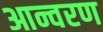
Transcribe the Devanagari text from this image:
आन्वरण